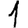
Digit: 1